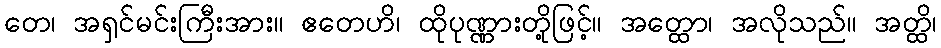
တေ၊ အရှင်မင်းကြီးအား။ ဧတေဟိ၊ ထိုပုဏ္ဏားတို့ဖြင့်။ အတ္ထော၊ အလိုသည်။ အတ္ထိ၊